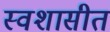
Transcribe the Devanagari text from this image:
स्वशासीत